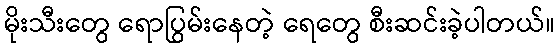
မိုးသီးတွေ ရောပြွမ်းနေတဲ့ ရေတွေ စီးဆင်းခဲ့ပါတယ်။